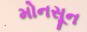
મોનસૂન